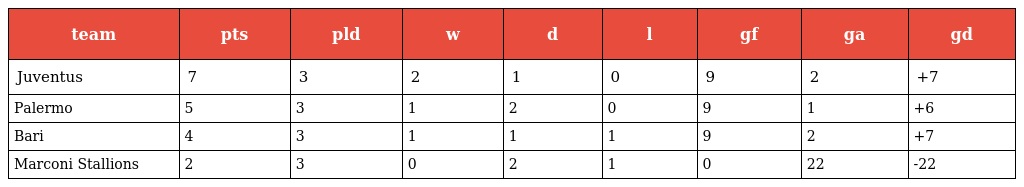
| team | pts | pld | w | d | l | gf | ga | gd |
 | --- | --- | --- | --- | --- | --- | --- | --- | --- |
 | Juventus | 7 | 3 | 2 | 1 | 0 | 9 | 2 | +7 |
 | Palermo | 5 | 3 | 1 | 2 | 0 | 9 | 1 | +6 |
 | Bari | 4 | 3 | 1 | 1 | 1 | 9 | 2 | +7 |
 | Marconi Stallions | 2 | 3 | 0 | 2 | 1 | 0 | 22 | -22 |